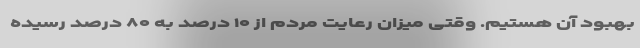
بهبود آن هستیم. وقتی میزان رعایت مردم از ۱۰ درصد به ۸۰ درصد رسیده